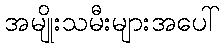
အမျိုးသမီးများအပေါ်